First report of the anti-malarial operations at Mian Mir, 1901-1903 - Number 6
Year: 1901
Disease focus: Malaria
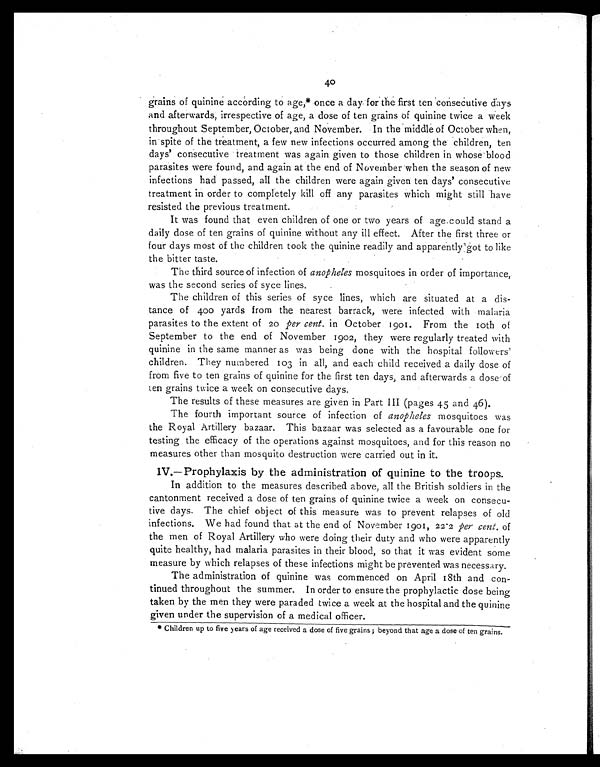
40
grains of quinine according to age,* once a day for the first ten consecutive days
and afterwards, irrespective of age, a dose of ten grains of quinine twice a week
throughout September, October, and November. In the middle of October when,
in spite of the treatment, a few new infections occurred among the children, ten
d a y s ’ c o n s e c u t i v e t r e a t m e n t w a s a g a i n g i v e n t o t h o s e c h i l d r e n i n w h o s e b l o o d
parasites were found, and again at the end of November when the season of new
infections had passed, all the children were again given ten days’ consecutive
treatment in order to completely kill off any parasites which might still have
resisted the previous treatment.
It was found that even children of one or two years of age could stand a
daily dose of ten grains of quinine without any ill effect. After the first three or
four days most of the children took the quinine readily and apparently got to like
the bitter taste.
The third source of infection of anopheles mosquitoes in order of importance,
was the second series of syce lines.
The children of this series of syce lines, which are situated at a dis-
tance of 400 yards from the nearest barrack, were infected with malaria
parasites to the extent of 20 per cent. in October 1901. From the 10th of
September to the end of November 1902, they were regularly treated with
quinine in the same manner as was being done with the hospital followers’
children. They numbered 103 in all, and each child received a daily dose of
from five to ten grains of quinine for the first ten days, and afterwards a dose of
ten grains twice a week on consecutive days.
The results of these measures are given in Part III (pages 45 and 46).
The fourth important source of infection of anopheles mosquitoes was
the Royal Artillery bazaar. This bazaar was selected as a favourable one for
testing the efficacy of the operations against mosquitoes, and for this reason no
measures other than mosquito destruction were carried out in it.
IV.—Prophylaxis by the administration of quinine to the troops.
In addition to the measures described above, all the British soldiers in the
cantonment received a dose of ten grains of quinine twice a week on consecu-
tive days. The chief object of this measure was to prevent relapses of old
infections. We had found that at the end of November 1901, 22.2 per cent. of
the men of Royal Artillery who were doing their duty and who were apparently
quite healthy, had malaria parasites in their blood, so that it was evident some
measure by which relapses of these infections might be prevented was necessary.
The administration of quinine was commenced on April 18th and con-
tinued throughout the summer. In order to ensure the prophylactic dose being
taken by the men they were paraded twice a week at the hospital and the quinine
given under the supervision of a medical officer.
* Children up to five years of age received a dose of five grains; beyond that age a dose of ten grains.